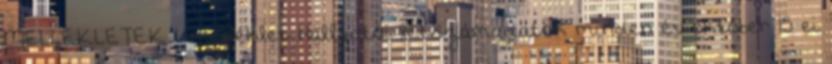
MELLÉKLETEK 1. melléklet Hallgatói létszámadatok minden év október 15-ei